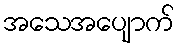
အသေအပျောက်